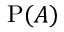
\mathrm { P } ( A )